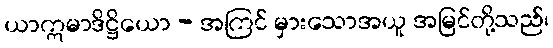
ယာဣမာဒိဋ္ဌိယော - အကြင် မှားသောအယူ အမြင်တို့သည်၊